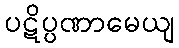
ပဋိပ္ပဏာမေယျ